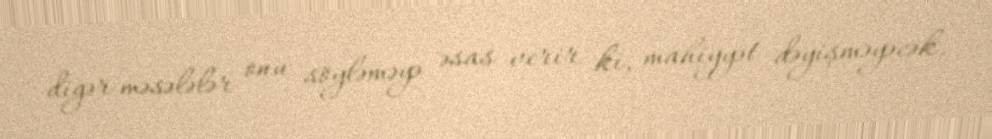
digər məsələlər onu söyləməyə əsas verir ki, mahiyyət dəyişməyəcək.